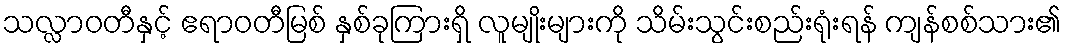
သလ္လာဝတီနှင့် ဧရာဝတီမြစ် နှစ်ခုကြားရှိ လူမျိုးများကို သိမ်းသွင်းစည်းရုံးရန် ကျန်စစ်သား၏